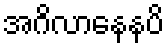
အဂိလာနေနပိ